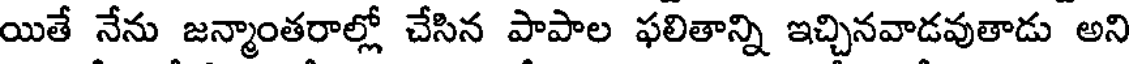
యితే నేను జన్మాంతరాల్లో చేసిన పాపాల ఫలితాన్ని ఇచ్చినవాడవుతాడు అని